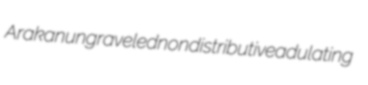
Arakan ungraveled nondistributive adulating